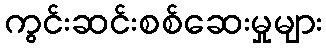
ကွင်းဆင်းစစ်ဆေးမှုများ